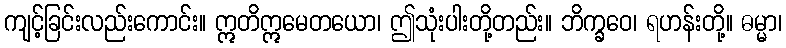
ကျင့်ခြင်းလည်းကောင်း။ ဣတိဣမေတယော၊ ဤသုံးပါးတို့တည်း။ ဘိက္ခဝေ၊ ရဟန်းတို့။ ဓမ္မာ၊